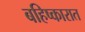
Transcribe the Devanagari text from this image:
बहिष्कारात